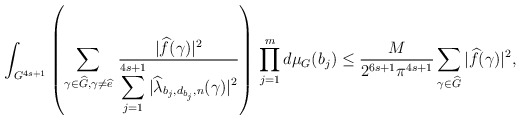
\begin{align*}&\int_{G^{4s+1}}\left(\sum_{\gamma\in {\widehat G}, \gamma\ne {\widehat e}}\,\frac{|{\widehat f}(\gamma)|^2}{\displaystyle\sum_{j=1}^{4s+1}|{\widehat \lambda_{b_j,d_{b_j},n}}(\gamma)|^2}\right)\,\prod_{j=1}^md\mu_G(b_j)\le \frac{M}{2^{6s+1}\pi^{4s+1}}\sum_{\gamma\in {\widehat G}}|{\widehat f}(\gamma)|^2, \end{align*}